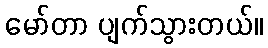
မော်တာ ပျက်သွားတယ်။